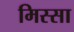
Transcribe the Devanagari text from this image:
मिस्सा